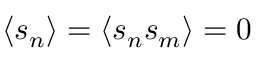
\langle s _ { n } \rangle = \langle s _ { n } s _ { m } \rangle = 0